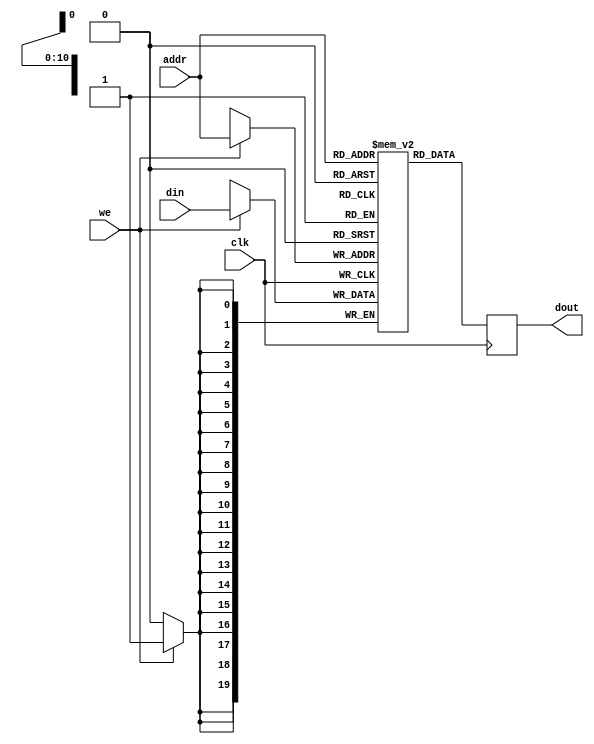
module bmem_2048x20(
  input               clk,
  input               we,
  input       [10:0]   addr, //ceil(log 2000)=11
  input       [19:0]  din,
  output  reg [19:0]  dout
);
reg [19:0]  mem[0:2047];

always @(posedge clk) begin
  dout <= mem[addr];
end

always @(posedge clk) begin
  if(we)
    mem[addr] <= din;
end

endmodule